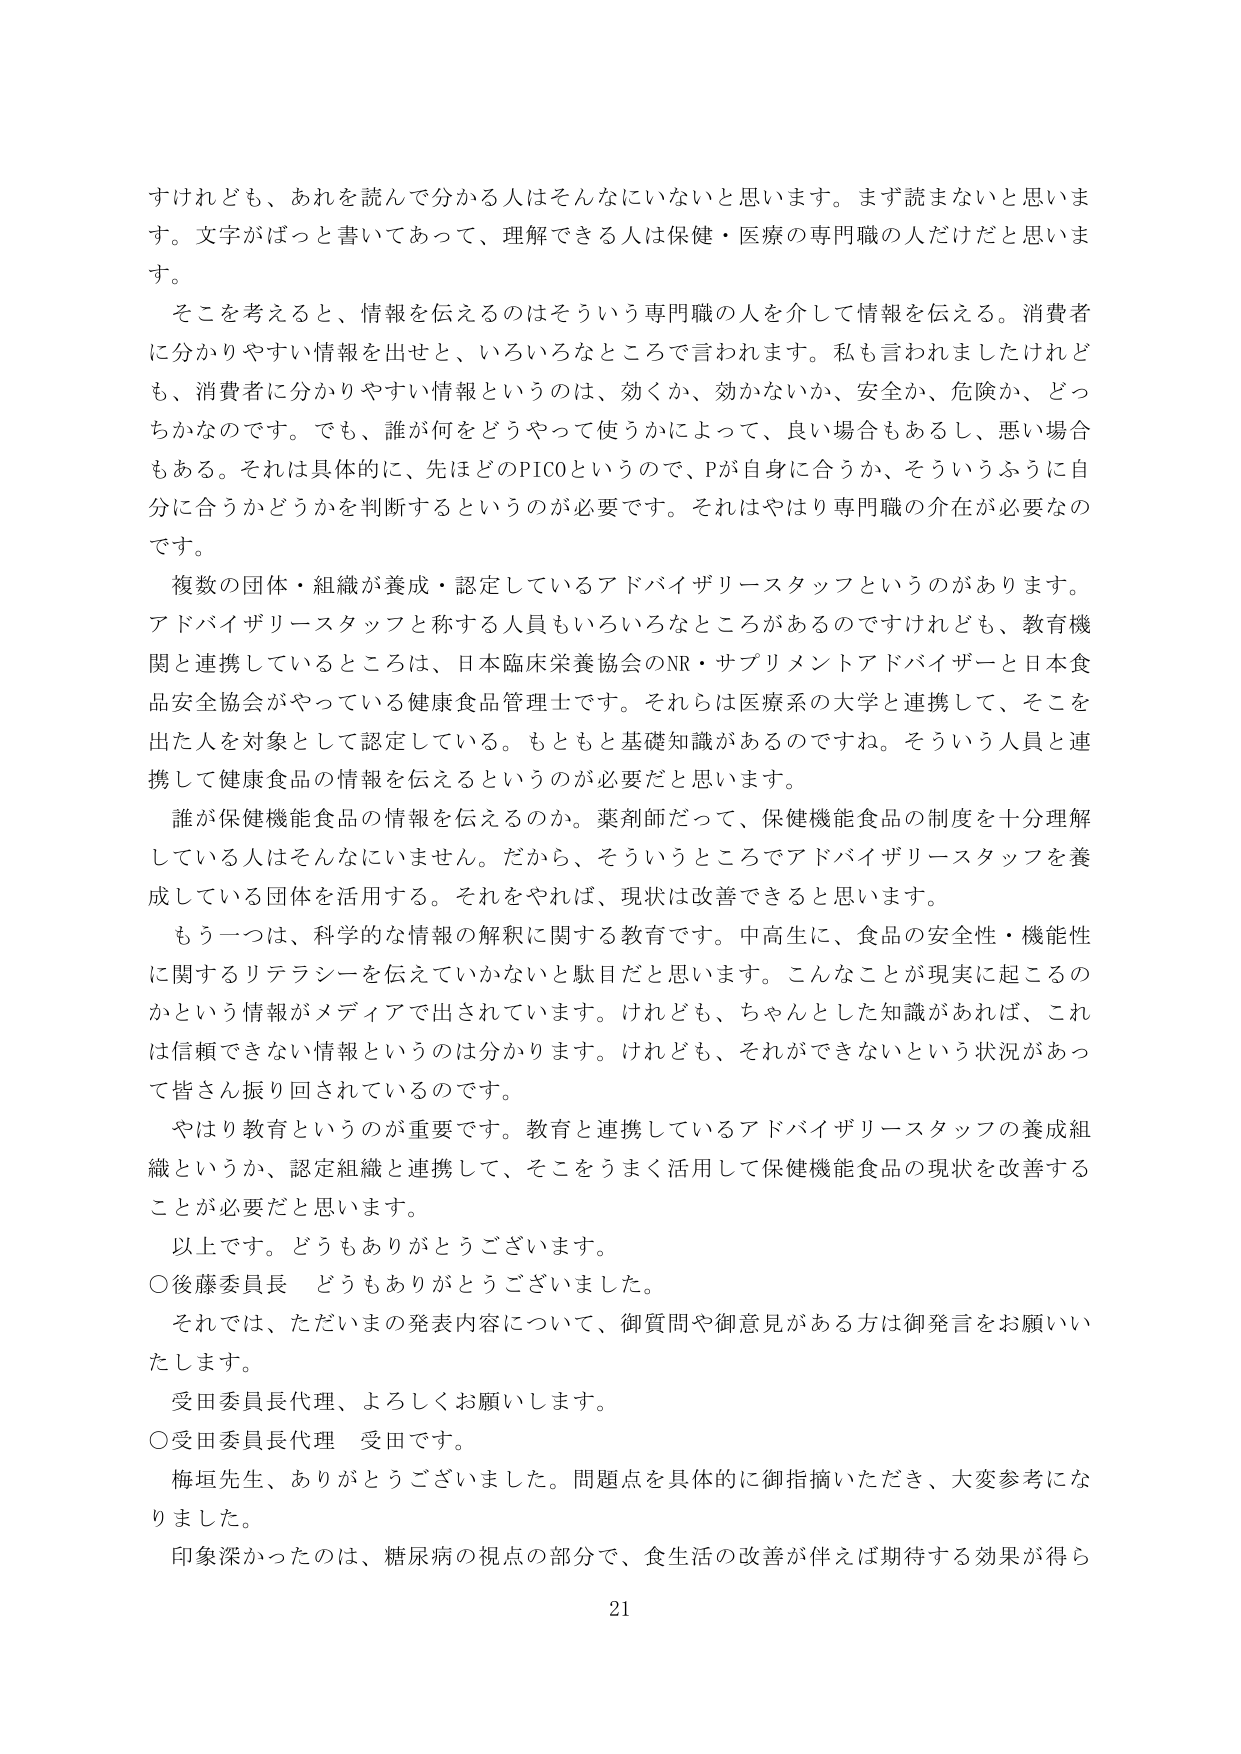
すけれども、あれを読んで分かる人はそんなにいないと思います。まず読まないと思います。文字がぱっと書いてあって、理解できる人は保健・医療の専門職の人だけだと思います。

そこを考えると、情報を伝えるのはそういう専門職の人を介して情報を伝える。消費者に分かりやすい情報を出せと、いろいろなところで言われます。私も言われましたけれども、消費者に分かりやすい情報というのは、効くか、効かないか、安全か、危険か、どっちかなのです。でも、誰が何をどうやって使うかによって、良い場合もあるし、悪い場合もある。それは具体的に、先ほどのPICOというので、Pが自身に合うか、そういうふうに自分に合うかどうかを判断するというのが必要です。それはやはり専門職の介在が必要なのです。

複数の団体・組織が養成・認定しているアドバイザリースタッフというのがあります。アドバイザリースタッフと称する人員もいろいろなところがあるのですけれども、教育機関と連携しているところは、日本臨床栄養協会のNR・サプリメントアドバイザーと日本食品安全協会がやっている健康食品管理士です。それらは医療系の大学と連携して、そこを出た人を対象として認定している。もともと基礎知識があるのですね。そういう人員と連携して健康食品の情報を伝えるというのが必要だと思います。

誰が保健機能食品の情報を伝えるのか。薬剤師だって、保健機能食品の制度を十分理解している人はそんなにいません。だから、そういうところでアドバイザリースタッフを養成している団体を活用する。それをやれば、現状は改善できると思います。

もう一つは、科学的な情報の解釈に関する教育です。中高生に、食品の安全性・機能性に関するリテラシーを伝えていかないと駄目だと思います。こんなことが現実に起こるのかという情報がメディアで出されています。けれども、ちゃんとした知識があれば、これは信頼できない情報というのは分かります。けれども、それができないという状況があって皆さん振り回されているのです。

やはり教育というのが重要です。教育と連携しているアドバイザリースタッフの養成組織というか、認定組織と連携して、そこをうまく活用して保健機能食品の現状を改善することが必要だと思います。

以上です。どうもありがとうございました。

○後藤委員長　どうもありがとうございました。

それでは、ただいまの発表内容について、御質問や御意見がある方は御発言をお願いいたします。

受田委員長代理、よろしくお願いします。

○受田委員長代理　受田です。

梅垣先生、ありがとうございました。問題点を具体的に御指摘いただき、大変参考になりました。

印象深かったのは、糖尿病の視点の部分で、食生活の改善が伴えば期待する効果が得ら

21